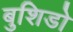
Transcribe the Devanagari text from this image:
बुशिडो